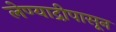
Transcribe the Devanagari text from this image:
लेण्याद्रीपासून